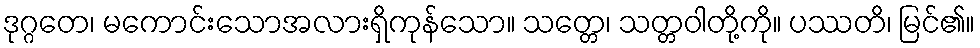
ဒုဂ္ဂတေ၊ မကောင်းသောအလားရှိကုန်သော။ သတ္တေ၊ သတ္တဝါတို့ကို။ ပဿတိ၊ မြင်၏။